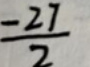
$-\frac{27}{2}$